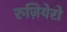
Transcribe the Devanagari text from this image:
रुज़ियेरो